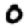
Digit: 0